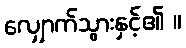
လျှောက်သွားနှင့်၏ ။